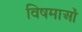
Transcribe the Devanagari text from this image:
विषमाओं